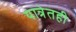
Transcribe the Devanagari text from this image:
यात्रेतही